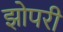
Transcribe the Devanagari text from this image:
झोपरी